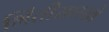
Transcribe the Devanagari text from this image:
भिंतीसारखे